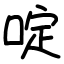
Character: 啶